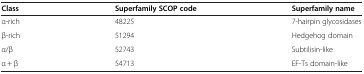
<table><thead><tr><td><b>Class</b></td><td><b>Superfamily SCOP code</b></td><td><b>Superfamily name</b></td></tr></thead><tbody><tr><td>α-rich</td><td>48225</td><td>7-hairpin glycosidases</td></tr><tr><td>β-rich</td><td>51294</td><td>Hedgehog domain</td></tr><tr><td>α/β</td><td>52743</td><td>Subtilisin-like</td></tr><tr><td>α + β</td><td>54713</td><td>EF-Ts domain-like</td></tr></tbody></table>